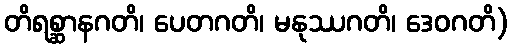
တိရစ္ဆာနဂတိ၊ ပေတဂတိ၊ မနုဿဂတိ၊ ဒေဝဂတိ)